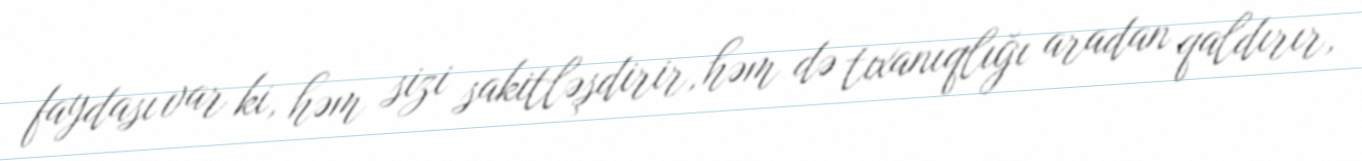
faydası var ki, həm sizi sakitləşdirir, həm də tıxanıqlığı aradan qaldırır,